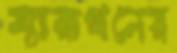
ম্যারাথনের